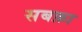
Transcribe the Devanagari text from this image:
सबक़ा